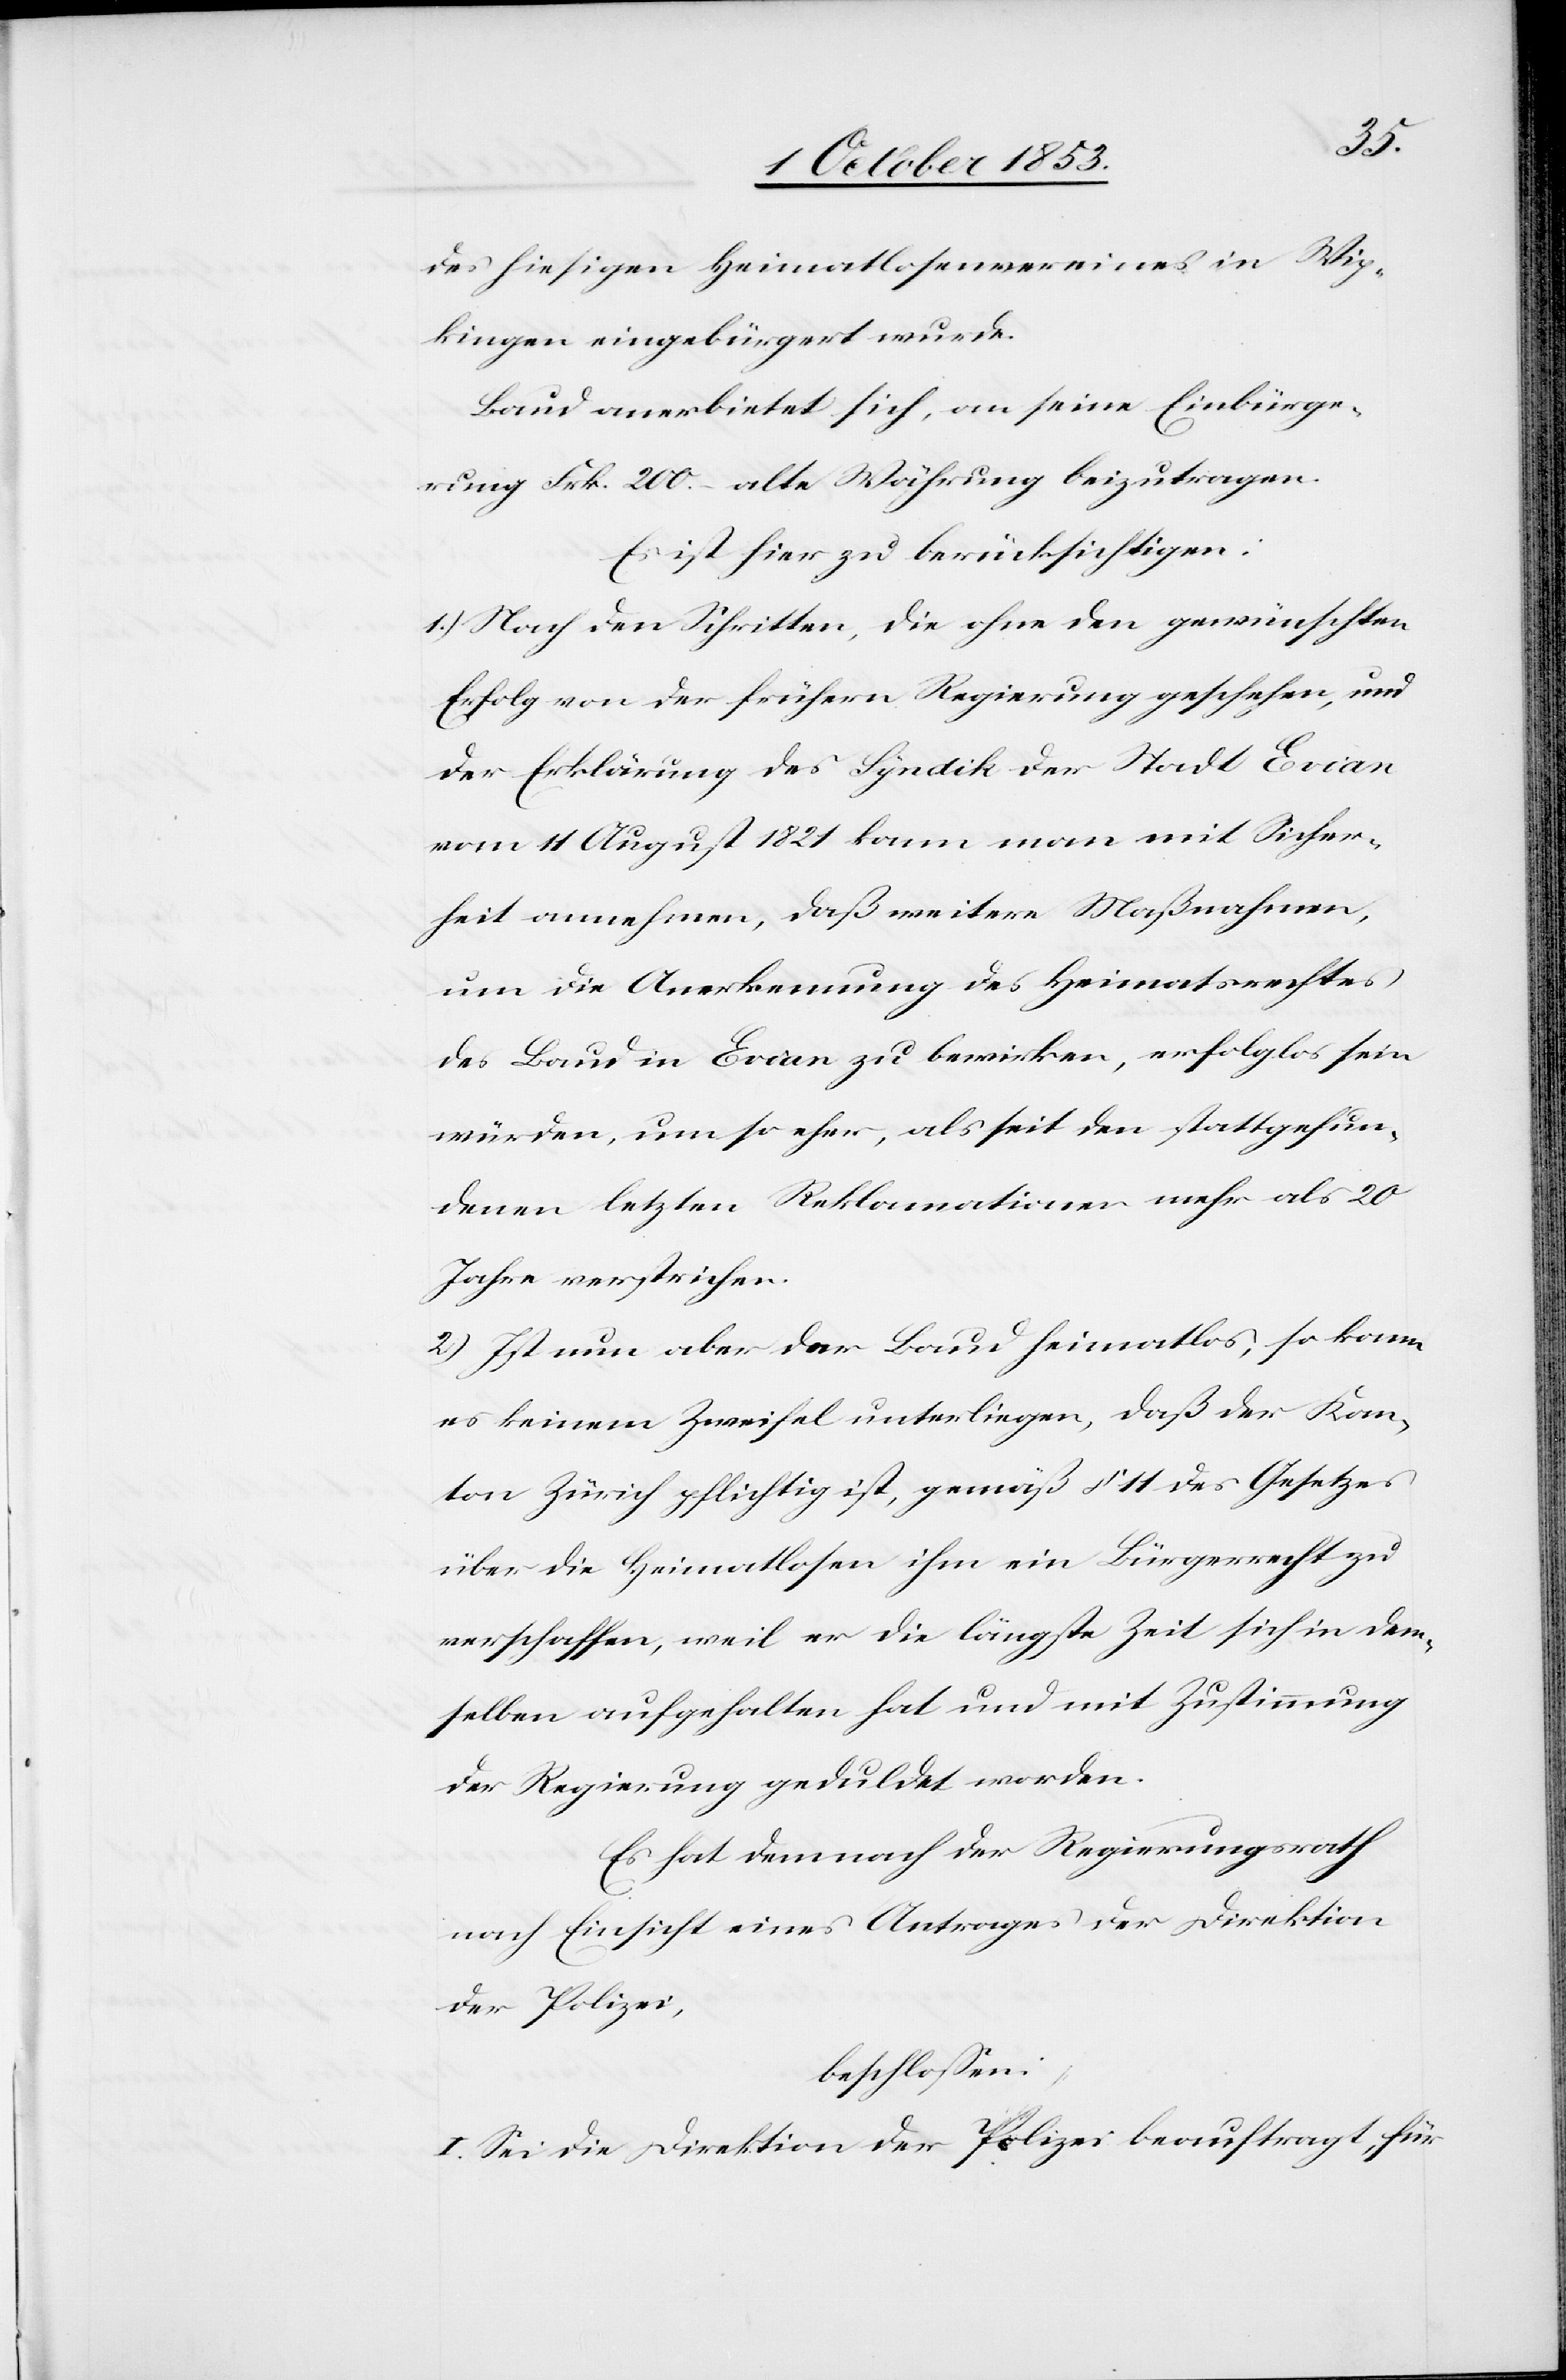
des hiesigen Heimatlosenvereines in Wip¬
kingen eingebürgert wurde.
Baud verbietet sich, an seine Einbürge¬
rung Frk. 200.– alte Währung beizutragen.
Es ist hier zu berücksichtigen:
1.) Nach den Schritten, die ohne den gewünschten
Erfolg von der frühern Regierung geschehen, und
der Erklärung des Syndik Stadt Evian
vom 11 August 1821 kann man mit Sicher¬
heit annehmen, daß weitere Maßnahmen,
um die Anerkennung des Heimatsrechtes
des Baud in Evian zu bewirken, erfolglos seien
würden, um so eher, als seit den stattgefun¬
denen letzten Reklamationen mehr als 20
Jahre verstrichen.
2.) Ist nun aber der Baud heimatlos, so kann
es keinem Zweifel unterliegen, daß der Kan¬
ton Zürich pflichtig ist, gemäß § 11 des Gesetzes
über die Heimatlosen ihm ein Bürgerrecht zu
verschaffen, weil er die längste Zeit sich in dem¬
selben aufgehalten hat und mit Zustimmung
der Regierung geduldet worden.
Es hat demnach der Regierungsrath
nach Einsicht eines Antrages der Direktion
der Polizei,
beschloßen:
I. Sei die Direktion der Polizei beauftragt, für